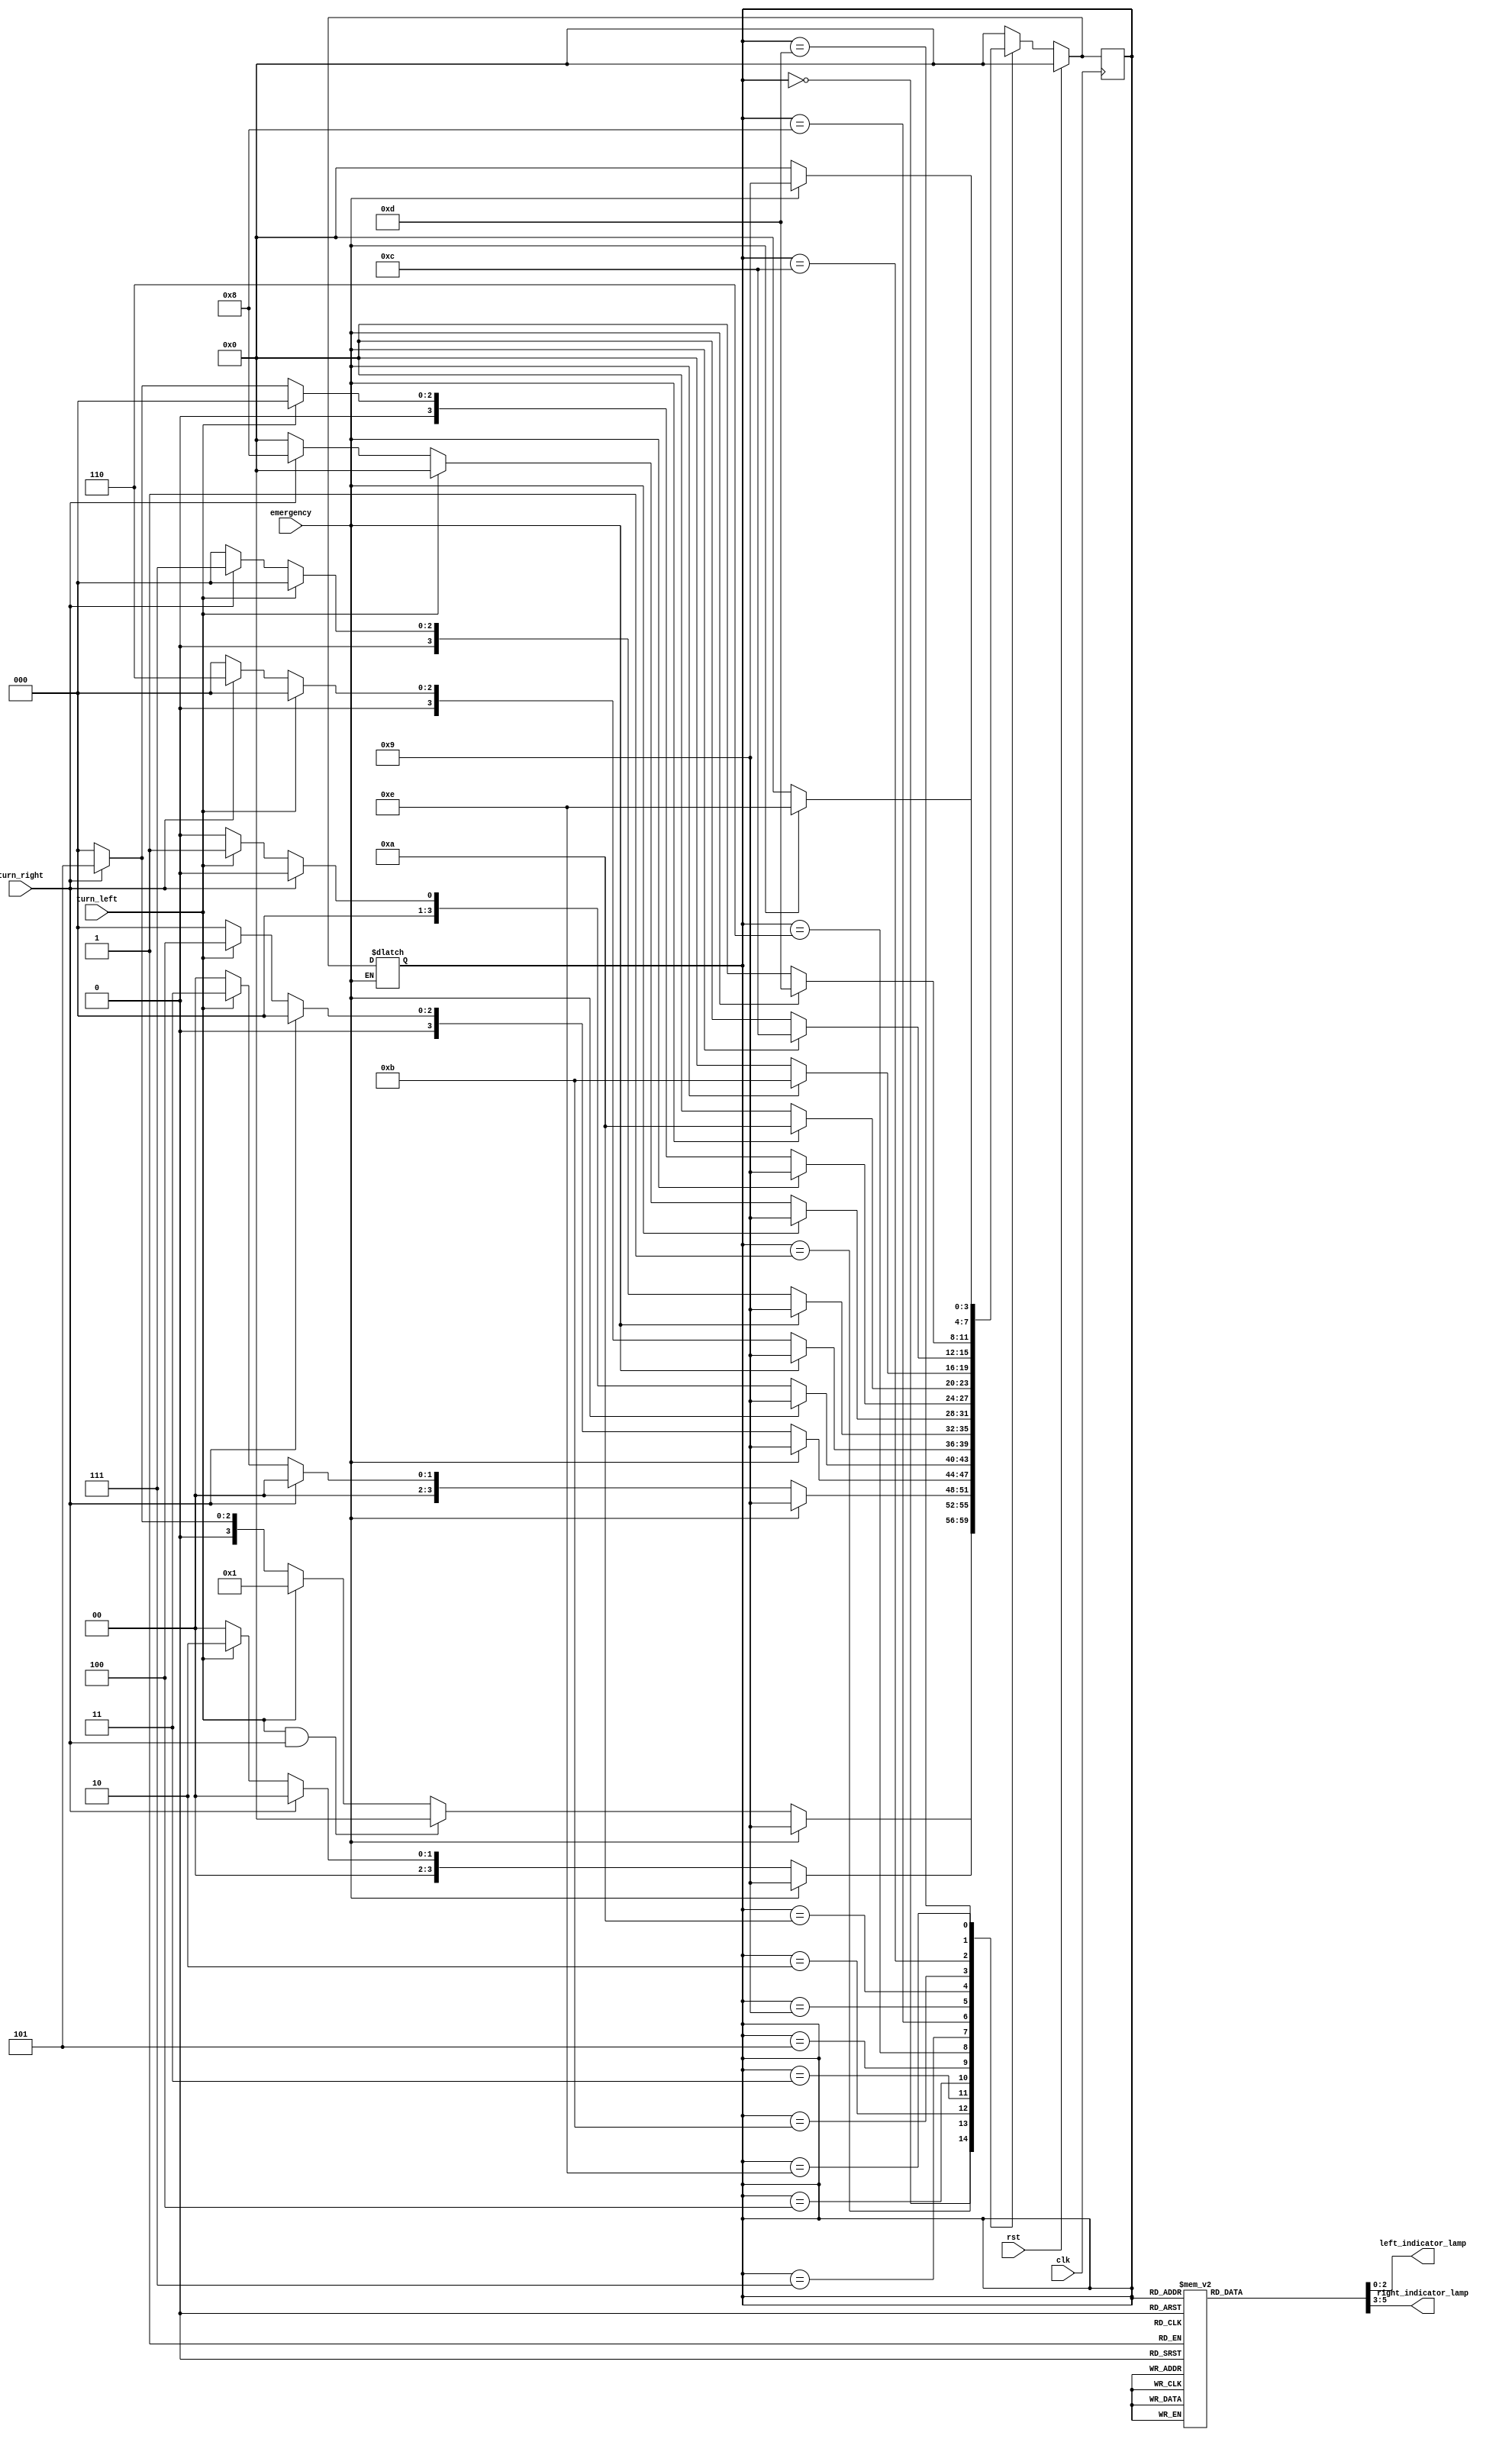
module tail_lamp_controller(
    input turn_left, turn_right, emergency, clk, rst,
    output reg [2:0] left_indicator_lamp, right_indicator_lamp
);
    localparam s0 = 4'b0000, s1 = 4'b0001, s2 = 4'b0010, s3 = 4'b0011;
    localparam s4 = 4'b0100, s5 = 4'b0101, s6 = 4'b0110, s7 = 4'b0111;
    localparam s8 = 4'b1000, s9 = 4'b1001, s10 = 4'b1010, s11 = 4'b1011;
    localparam s12 = 4'b1100, s13 = 4'b1101, s14 = 4'b1110;

    reg [3:0] pst_state, nxt_state;

    // sequentail block for turn_left and turn_right
    always @(posedge clk) begin
        if (rst)
            pst_state <= s0;
        else
            pst_state <= nxt_state;
    end

    // sequentail block for emergency
    always @(clk, emergency) begin
        if (emergency) begin
            if (rst)
                pst_state <= s0;
            else
                pst_state <= nxt_state;
        end
    end

    // combinational block for turning left or right
    always @(turn_left, turn_right, emergency, pst_state) begin
        case (pst_state)
            s0: begin
                if (emergency)
                    nxt_state = s9;
                else if (turn_left && turn_right)
                    nxt_state = s0;
                else
                    nxt_state = turn_left ? s1 : (turn_right ? s5 : s0);
            end

            // TURN_LEFT
            s1: begin
                if (emergency)
                    nxt_state = s9;
                else if (turn_right)
                    nxt_state = s0;
                else
                    nxt_state = turn_left ? s2 : s0; 
            end
            s2: begin
                if (emergency)
                    nxt_state = s9;
                else if (turn_right)
                    nxt_state = s0;
                else
                    nxt_state = turn_left ? s3 : s0; 
            end
            s3: begin
                if (emergency)
                    nxt_state = s9;
                else if (turn_right)
                    nxt_state = s0;
                else
                    nxt_state = turn_left ? s4 : s0; 
            end
            s4: begin
                if (emergency)
                    nxt_state = s9;
                else if (turn_right)
                    nxt_state = s0;
                else
                    nxt_state = turn_left ? s1 : s0; 
            end

            // TURN_RIGHT
            s5: begin
                if (emergency)
                    nxt_state = s9;
                else if (turn_left)
                    nxt_state = s0;
                else
                    nxt_state = turn_right ? s6 : s0; 
            end
            s6: begin
                if (emergency)
                    nxt_state = s9;
                else if (turn_left)
                    nxt_state = s0;
                else
                    nxt_state = turn_right ? s7 : s0; 
            end
            s7: begin
                if (emergency)
                    nxt_state = s9;
                else if (turn_left)
                    nxt_state = s0;
                else
                    nxt_state = turn_right ? s8 : s0; 
            end
            s8: begin
                if (emergency)
                    nxt_state = s9;
                else if (turn_left)
                    nxt_state = s0;
                else
                    nxt_state = turn_right ? s5 : s0; 
            end

            // EMERGENCY
            s9: nxt_state = emergency ? s10 : s0;
            s10: nxt_state = emergency ? s11 : s0;
            s11: nxt_state = emergency ? s12 : s0;
            s12: nxt_state = emergency ? s13 : s0;
            s13: nxt_state = emergency ? s14 : s0;
            s14: nxt_state = emergency ? s9 : s0;

            default: nxt_state = s0;
        endcase
    end

    // output block
    always @(pst_state) begin
        case (pst_state)
            s0: begin
                left_indicator_lamp = 0;
                right_indicator_lamp = 0;
            end

            // TURN_LEFT
            s1: begin
                left_indicator_lamp = 0;
                right_indicator_lamp = 0;
            end
            s2: begin
                right_indicator_lamp = 0;
                left_indicator_lamp = 3'b001;
            end
            s3: begin
                right_indicator_lamp = 0;
                left_indicator_lamp = 3'b011;
            end
            s4: begin
                right_indicator_lamp = 0;
                left_indicator_lamp = 3'b111;
            end

            // TURN_RIGHT
            s5: begin
                left_indicator_lamp = 0;
                right_indicator_lamp = 0;
            end
            s6: begin
                left_indicator_lamp = 0;
                right_indicator_lamp = 3'b001;
            end
            s7: begin
                left_indicator_lamp = 0;
                right_indicator_lamp = 3'b011;
            end
            s8: begin
                left_indicator_lamp = 0;
                right_indicator_lamp = 3'b111;
            end

            // EMERGENCY
            s9: begin
                left_indicator_lamp = 0;
                right_indicator_lamp = 0;
            end
            s10: begin
                left_indicator_lamp = 3'b001;
                right_indicator_lamp = 3'b001;
            end
            s11: begin
                left_indicator_lamp = 3'b011;
                right_indicator_lamp = 3'b011;
            end
            s12: begin
                left_indicator_lamp = 3'b111;
                right_indicator_lamp = 3'b111;
            end
            s13: begin
                left_indicator_lamp = 3'b011;
                right_indicator_lamp = 3'b011;
            end
            s14: begin
                left_indicator_lamp = 3'b001;
                right_indicator_lamp = 3'b001;
            end

            default: begin
                left_indicator_lamp = 0;
                right_indicator_lamp = 0;
            end
        endcase
    end
endmodule